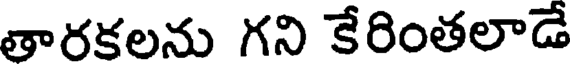
తారకలను గని కేరింతలాడే